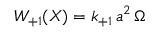
W _ { + 1 } ( X ) = k _ { + 1 } \, a ^ { 2 } \, \Omega